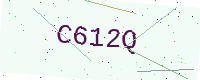
Text: C612Q